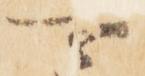
可